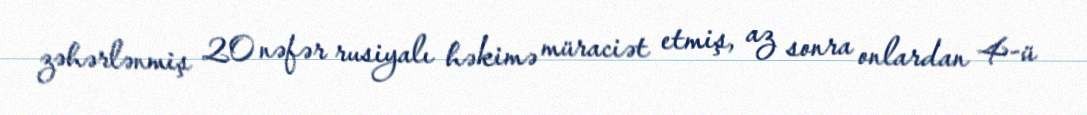
zəhərlənmiş 20 nəfər rusiyalı həkimə müraciət etmiş, az sonra onlardan 4-ü